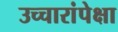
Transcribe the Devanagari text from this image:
उच्चारांपेक्षा